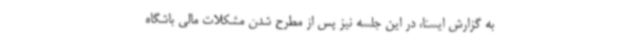
به گزارش ایسنا، در این جلسه نیز پس از مطرح شدن مشکلات مالی باشگاه